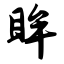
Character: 眸